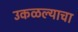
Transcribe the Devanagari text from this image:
उकळल्याचा